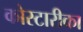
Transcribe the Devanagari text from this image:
कोस्टारीका